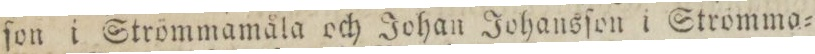
ſon i Strömmamåla och Johan Johansſon i Stromma=